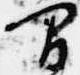
間